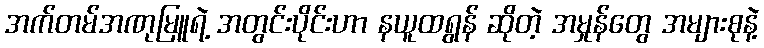
အက်တမ်အဏုမြူရဲ့ အတွင်းပိုင်းဟာ နယူထရွန် ဆိုတဲ့ အမှုန်တွေ အများစုနဲ့